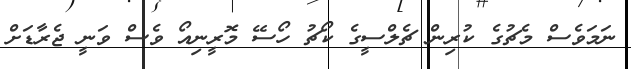
ނަމަވެސް މެޗުގެ ކުރިން ޗެލްސީގެ ކޯޗު ހޯސޭ މޮރީނިއޯ ވެސް ވަނީ ޖެރާޑަށް